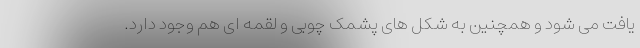
یافت می شود و همچنین به شکل های پشمک چوبی و لقمه ای هم وجود دارد.